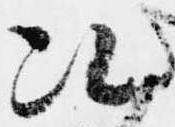
次